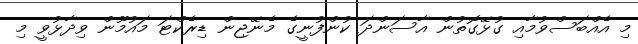
މި އެއްބަސްވުމާއި ގުޅޭގޮތުން އާސަންދަ ކުންފުނީގެ މެނޭޖިން ޑިރެކްޓަ މައުމޫން ވިދާޅުވީ މި